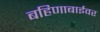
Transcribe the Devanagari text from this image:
बहिणाबाईवर